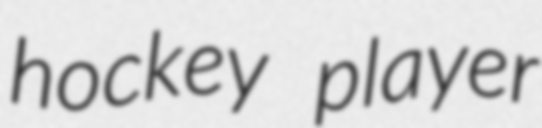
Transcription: hockey player